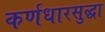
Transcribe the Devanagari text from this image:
कर्णधारसुद्धा